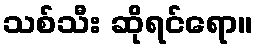
သစ်သီး ဆိုရင်ရော။